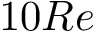
1 0 R e